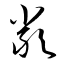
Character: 類